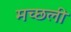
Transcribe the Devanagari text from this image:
मच्छली